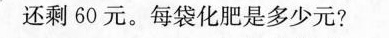
还剩60元。每袋化肥是多少元?